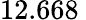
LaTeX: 12.668\